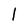
Character: l